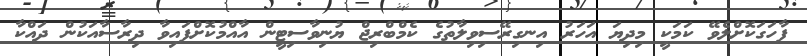
ފާހަގަކޮށްލެވޭ ކަމަކީ މިދިޔަ އަހަރު އިނގިރޭސިވިލާތުގެ ކެމްބްރިޖް ޔުނިވާސިޓީން އާއްމުކޮށްފައިވާ ދިރާސާއަކުން ދައްކާ